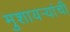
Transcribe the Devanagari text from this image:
मुशायर्‍यांची